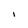
Character: 1